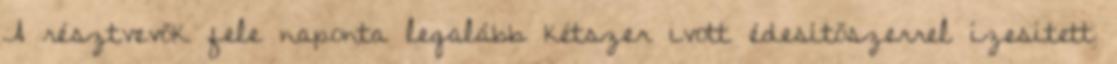
A résztvevők fele naponta legalább kétszer ivott édesítőszerrel ízesített